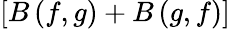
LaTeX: \left[{B\left({f,g}\right)+B\left({g,f}\right)}\right]